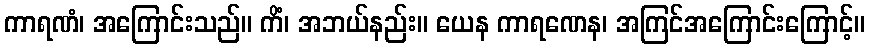
ကာရဏံ၊ အကြောင်းသည်။ ကိံ၊ အဘယ်နည်း။ ယေန ကာရဏေန၊ အကြင်အကြောင်းကြောင့်။